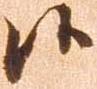
候